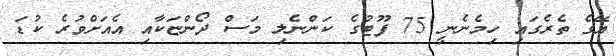
އޭގެ ތެރެގައި ހިމެނެނީ 75 ފޫޓުގެ ކަންނެލި މަސް ދޯންޏަކާއި އެއަށްވުރެ ކުޑަ